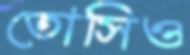
তোসিও